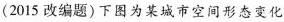
(2015改编题)下图为某城市空间形态变化